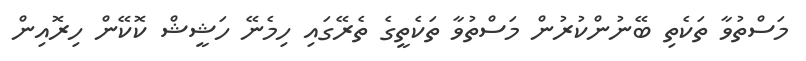
މަސްތުވާ ތަކެތި ބޭނުންކުރުން މަސްތުވާ ތަކެތީގެ ތެރޭގައި ހިމެނޭ ހަޝީޝް ކޮކޭން ހިރޮއިން